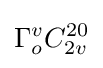
\Gamma _{o}^{v}C_{2v}^{20}